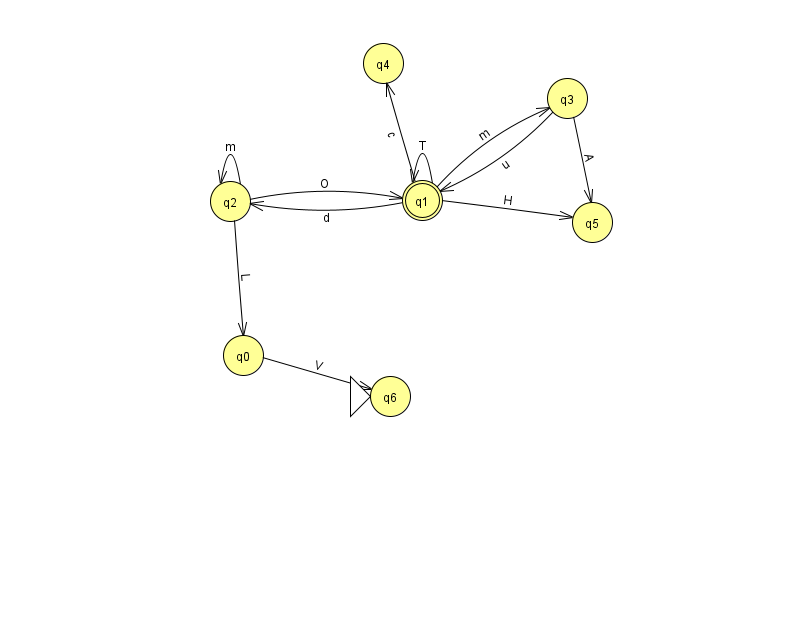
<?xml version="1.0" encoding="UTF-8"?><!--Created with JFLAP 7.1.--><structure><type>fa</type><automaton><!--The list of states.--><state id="0" name="q0"><x>243.0</x><y>342.0</y></state><state id="1" name="q1"><x>422.0</x><y>187.0</y><final/></state><state id="2" name="q2"><x>230.0</x><y>188.0</y></state><state id="3" name="q3"><x>567.0</x><y>85.0</y></state><state id="4" name="q4"><x>383.0</x><y>50.0</y></state><state id="5" name="q5"><x>592.0</x><y>209.0</y></state><state id="6" name="q6"><x>390.0</x><y>383.0</y><initial/></state><!--The list of transitions.--><transition><from>2</from><to>0</to><read>L</read></transition><transition><from>1</from><to>5</to><read>H</read></transition><transition><from>2</from><to>1</to><read>O</read></transition><transition><from>1</from><to>1</to><read>T</read></transition><transition><from>3</from><to>1</to><read>u</read></transition><transition><from>3</from><to>5</to><read>A</read></transition><transition><from>1</from><to>2</to><read>d</read></transition><transition><from>1</from><to>4</to><read>c</read></transition><transition><from>0</from><to>6</to><read>V</read></transition><transition><from>2</from><to>2</to><read>m</read></transition><transition><from>1</from><to>3</to><read>m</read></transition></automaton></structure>